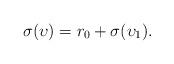
LaTeX: \begin{align*}\sigma(\upsilon)=r_0+\sigma(\upsilon_1).\end{align*}